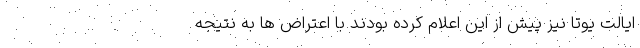
ایالت یوتا نیز پیش از این اعلام کرده بودند با اعتراض ها به نتیجه